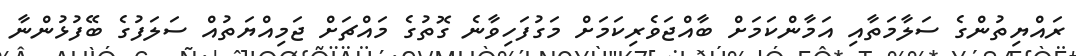
ރައްޔިތުންގެ ސަލާމަތާއި އަމާންކަމަށް ބާއްޖަވެރިކަމަށް މަގުފަހިވާނެ ގޮތުގެ މައްޗަށް ޖަމިއްޔަތުއް ސަލަފުގެ ބޭފުޅުންނާ